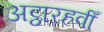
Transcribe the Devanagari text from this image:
अट्ठारहवीँ